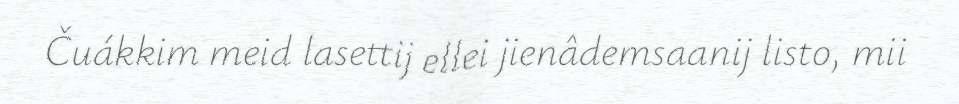
Čuákkim meid lasettij ellei jienâdemsaanij listo, mii